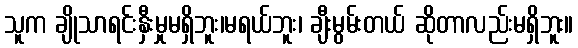
သူက ချိုသာရင်းနှီးမှုမရှိဘူး၊မရယ်ဘူး၊ ချီးမွမ်းတယ် ဆိုတာလည်းမရှိဘူး။